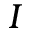
I